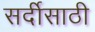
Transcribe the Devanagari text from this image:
सर्दीसाठी